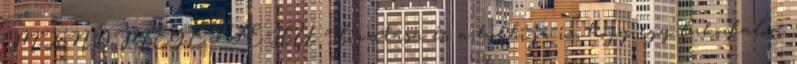
MINDMEGETTE.HU Hivatása és a hobbija is, hogy egy lakodalom